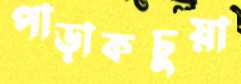
পাড়াকচুয়া